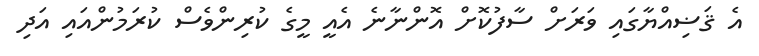
އެ ޤަޟިއްޔާގައި ވަރަށް ސާފުކޮށް އޮންނާނެ އެއީ މީގެ ކުރިންވެސް ކުރަމުންއައި އަދި